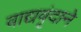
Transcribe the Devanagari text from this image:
वाद्यवृंदाने